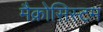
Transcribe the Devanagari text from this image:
मैक्रोसिस्टम